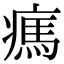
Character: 㾺